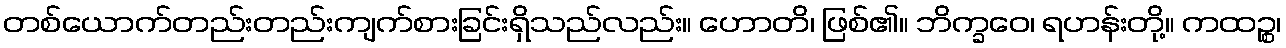
တစ်ယောက်တည်းတည်းကျက်စားခြင်းရှိသည်လည်း။ ဟောတိ၊ ဖြစ်၏။ ဘိက္ခဝေ၊ ရဟန်းတို့။ ကထဉ္စ၊